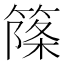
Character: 𥱥